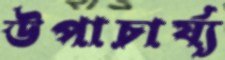
উপাচার্য্য